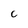
Character: C